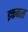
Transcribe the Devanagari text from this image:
इक्तबास